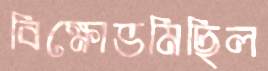
বিক্ষোভমিছিল